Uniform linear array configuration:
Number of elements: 12
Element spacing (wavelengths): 0.25
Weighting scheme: exponential
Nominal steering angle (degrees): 45
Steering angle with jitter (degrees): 46.613
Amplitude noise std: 0.05
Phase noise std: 0.05

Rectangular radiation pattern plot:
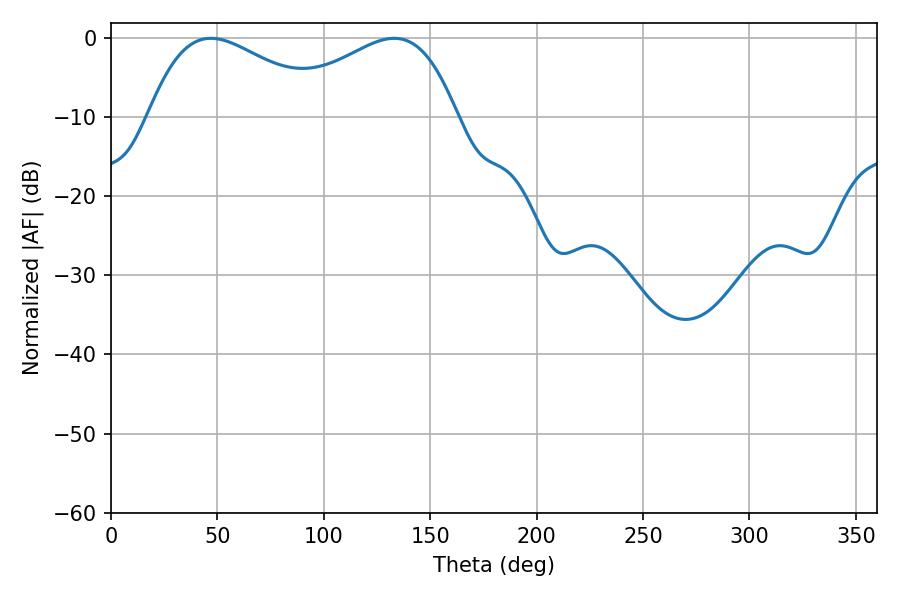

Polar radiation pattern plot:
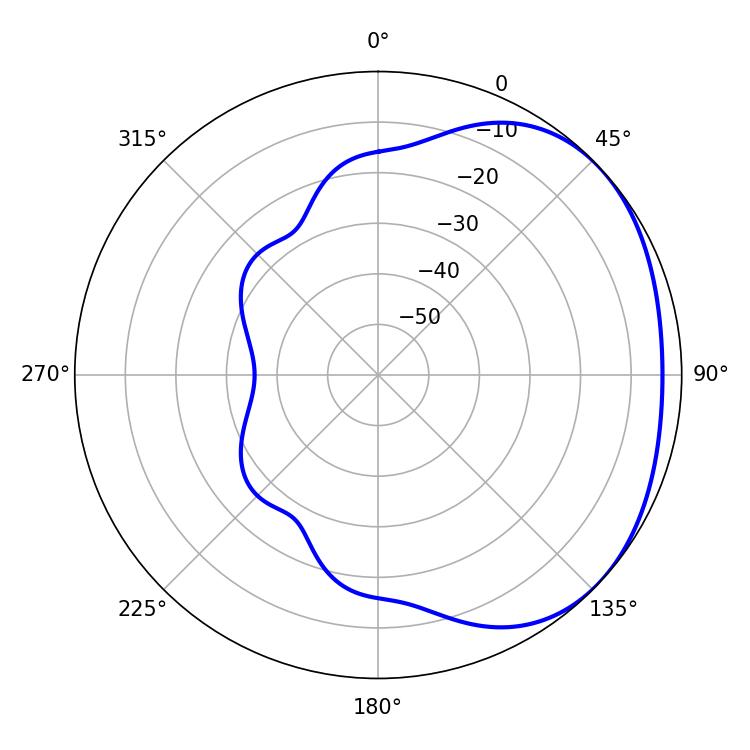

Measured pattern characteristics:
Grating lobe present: FALSE
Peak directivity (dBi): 2.07
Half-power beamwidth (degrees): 46.26
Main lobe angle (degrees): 46.98